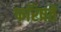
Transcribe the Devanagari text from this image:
फरिषते